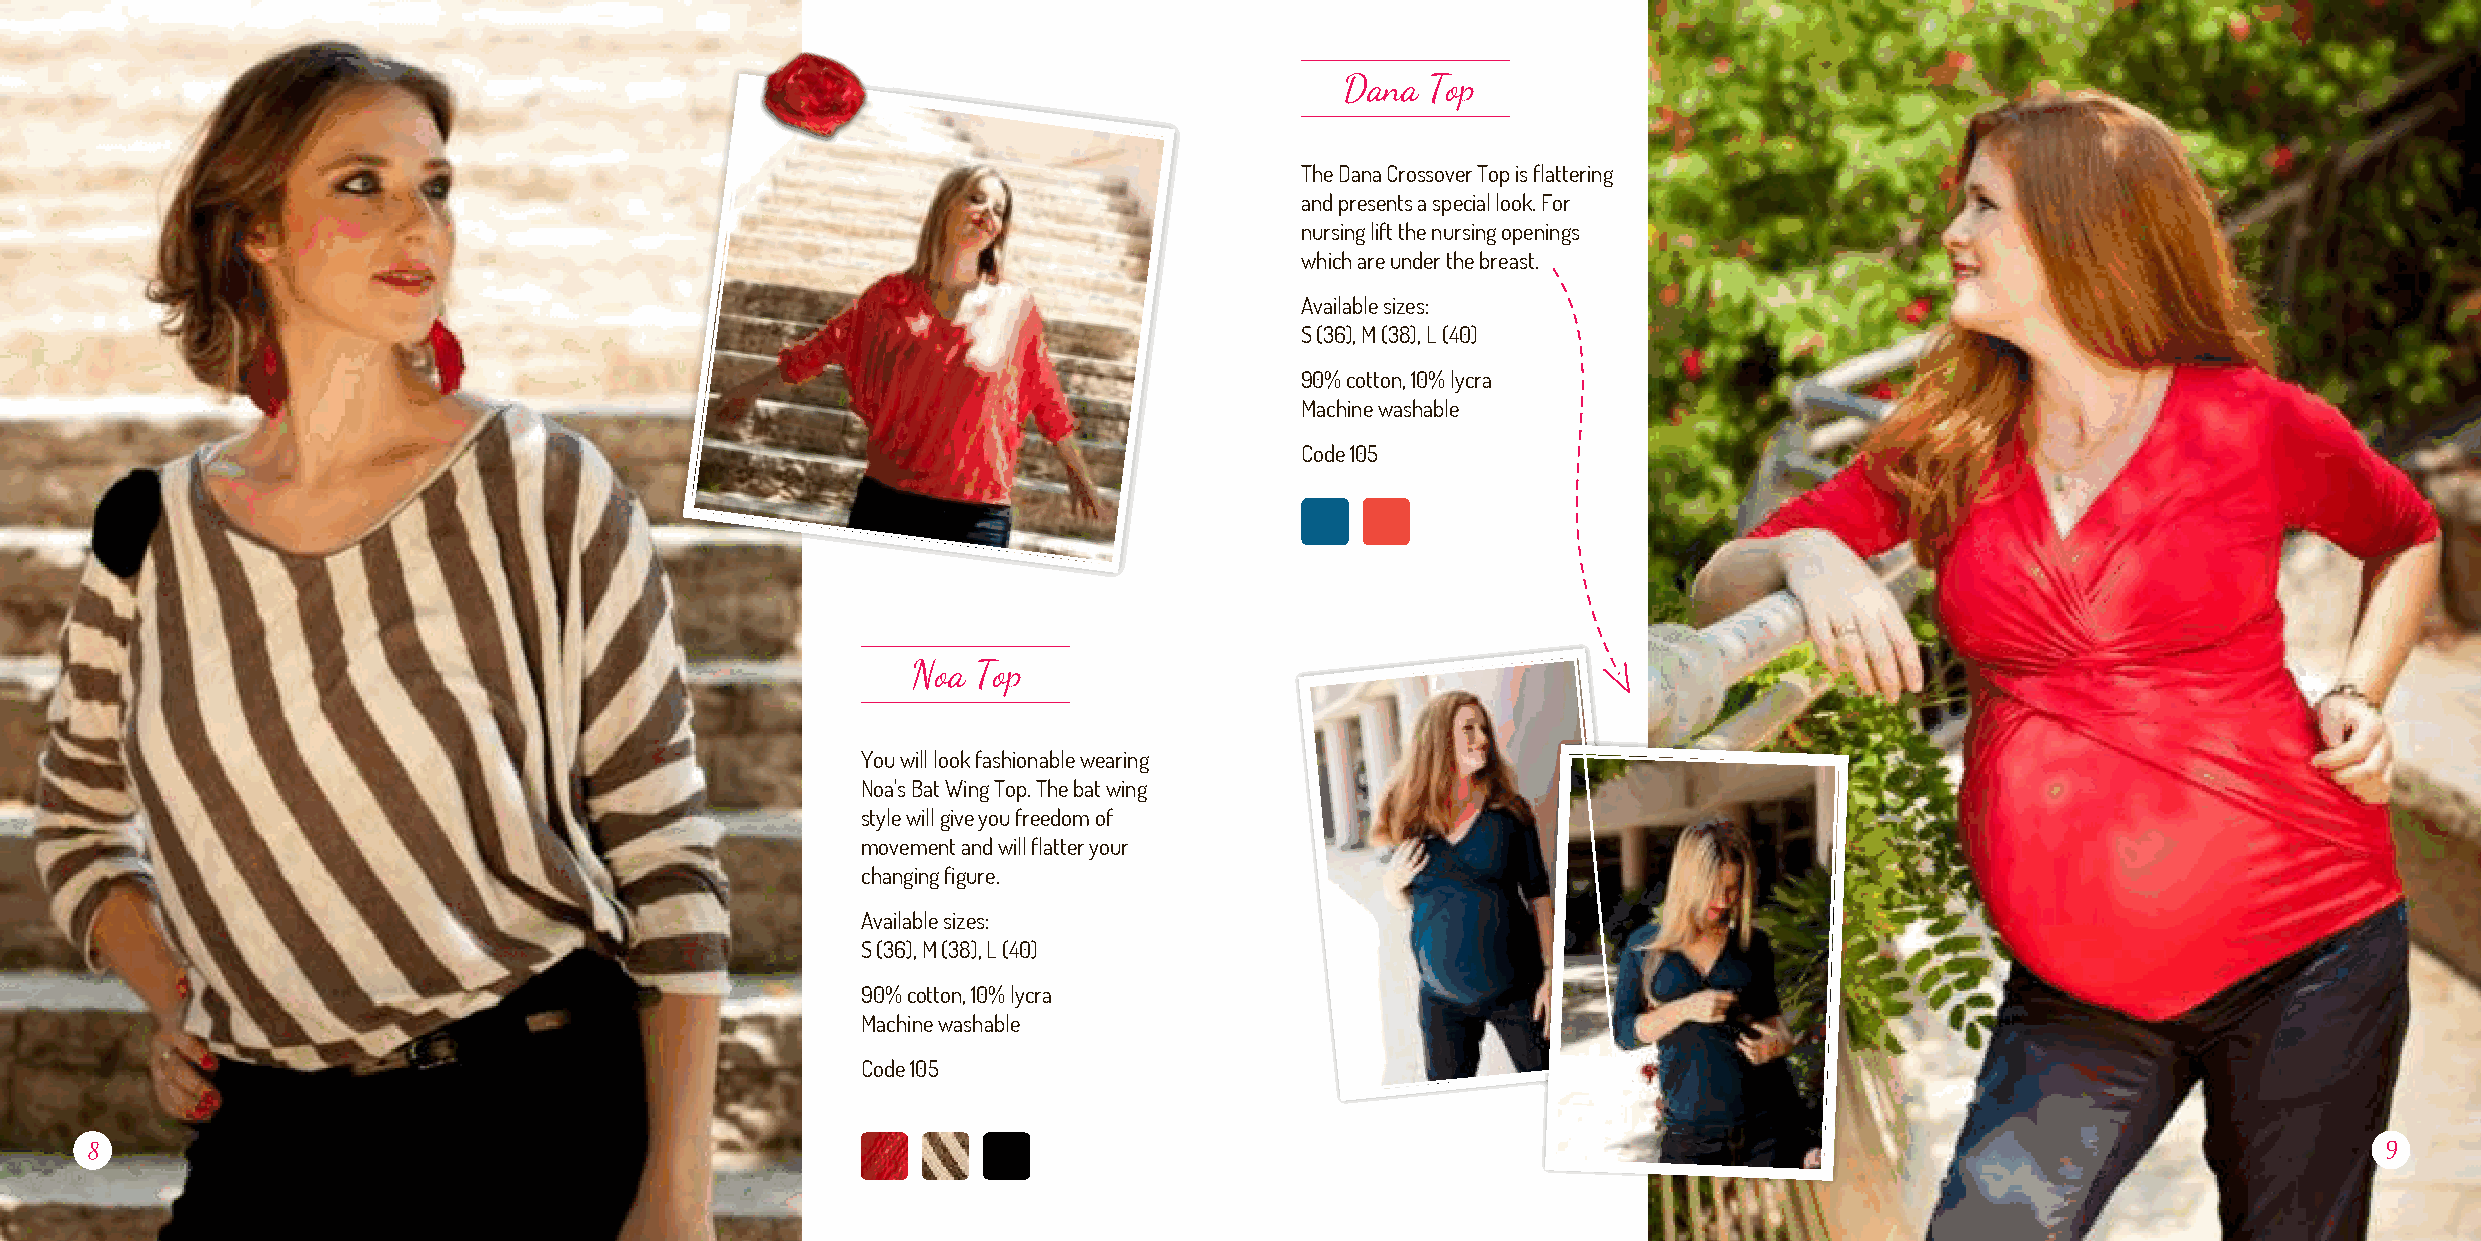
Dana  Top
 The Dana Crossover Top is flattering
 and presents a special look. For
 nursing lift the nursing openings
 which are under the breast.
 Available sizes:
 S (36), M (38), L (40)
 90% cotton, 10% lycra
 Machine washable
 Code 105
 Noa  Top
 You will look fashionable wearing
 Noa's Bat Wing Top. The bat wing
 style will give you freedom of
 movement and will flatter your
 changing figure.
 Available sizes:
 S (36), M (38), L (40)
 90% cotton, 10% lycra
 Machine washable
 Code 105
 8                                                                                                                                                       9